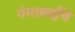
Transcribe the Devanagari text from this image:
गंगाबाईंचे